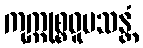
ကုက္ကုစ္စဝူပသန္တံ